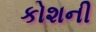
કોશની